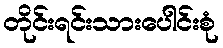
တိုင်းရင်းသားပေါင်းစုံ